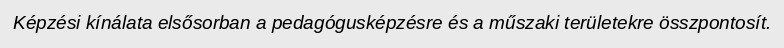
Képzési kínálata elsősorban a pedagógusképzésre és a műszaki területekre összpontosít.